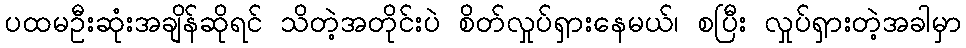
ပထမဦးဆုံးအချိန်ဆိုရင် သိတဲ့အတိုင်းပဲ စိတ်လှုပ်ရှားနေမယ်၊ စပြီး လှုပ်ရှားတဲ့အခါမှာ